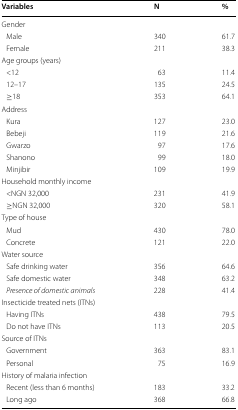
<table><thead><tr><td><b>Variables</b></td><td><b>N</b></td><td><b>%</b></td></tr></thead><tbody><tr><td colspan="3">Gender</td></tr><tr><td> Male</td><td>340</td><td>61.7</td></tr><tr><td> Female</td><td>211</td><td>38.3</td></tr><tr><td colspan="3">Age groups (years)</td></tr><tr><td> &lt;12</td><td>63</td><td>11.4</td></tr><tr><td> 12–17</td><td>135</td><td>24.5</td></tr><tr><td> ≥18</td><td>353</td><td>64.1</td></tr><tr><td colspan="3">Address</td></tr><tr><td> Kura</td><td>127</td><td>23.0</td></tr><tr><td> Bebeji</td><td>119</td><td>21.6</td></tr><tr><td> Gwarzo</td><td>97</td><td>17.6</td></tr><tr><td> Shanono</td><td>99</td><td>18.0</td></tr><tr><td> Minjibir</td><td>109</td><td>19.9</td></tr><tr><td colspan="3">Household monthly income</td></tr><tr><td> &lt;NGN 32,000</td><td>231</td><td>41.9</td></tr><tr><td> ≥NGN 32,000</td><td>320</td><td>58.1</td></tr><tr><td colspan="3">Type of house</td></tr><tr><td> Mud</td><td>430</td><td>78.0</td></tr><tr><td> Concrete</td><td>121</td><td>22.0</td></tr><tr><td colspan="3">Water source</td></tr><tr><td> Safe drinking water</td><td>356</td><td>64.6</td></tr><tr><td> Safe domestic water</td><td>348</td><td>63.2</td></tr><tr><td> <i>Presence of domestic animals</i></td><td>228</td><td>41.4</td></tr><tr><td colspan="3">Insecticide treated nets (ITNs)</td></tr><tr><td> Having ITNs</td><td>438</td><td>79.5</td></tr><tr><td> Do not have ITNs</td><td>113</td><td>20.5</td></tr><tr><td colspan="3">Source of ITNs</td></tr><tr><td> Government</td><td>363</td><td>83.1</td></tr><tr><td> Personal</td><td>75</td><td>16.9</td></tr><tr><td colspan="3">History of malaria infection</td></tr><tr><td> Recent (less than 6 months)</td><td>183</td><td>33.2</td></tr><tr><td> Long ago</td><td>368</td><td>66.8</td></tr></tbody></table>